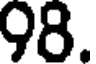
98.